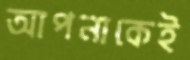
আপনাকেই